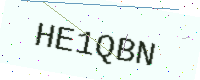
Text: HE1QBN